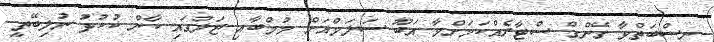
ނިސްބަތްވާ ގޭންގް ސްޓާރެެއްކަމަށްވާ އަބޫ ސަލަމްއަށް މުމްބާއި ޖަލުގައި ކާން ކުކުޅު ނުލިބޭތީ